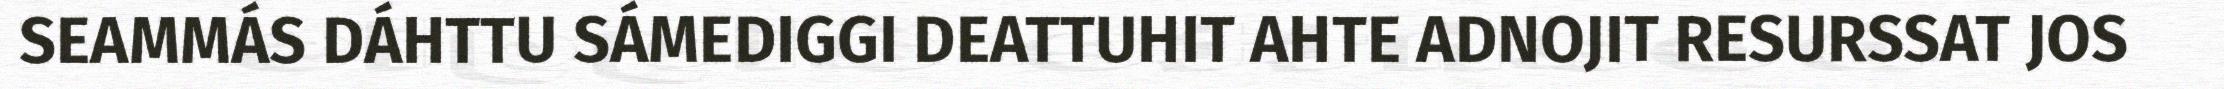
SEAMMÁS DÁHTTU SÁMEDIGGI DEATTUHIT AHTE ADNOJIT RESURSSAT JOS